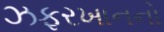
ઝફરખાનનો